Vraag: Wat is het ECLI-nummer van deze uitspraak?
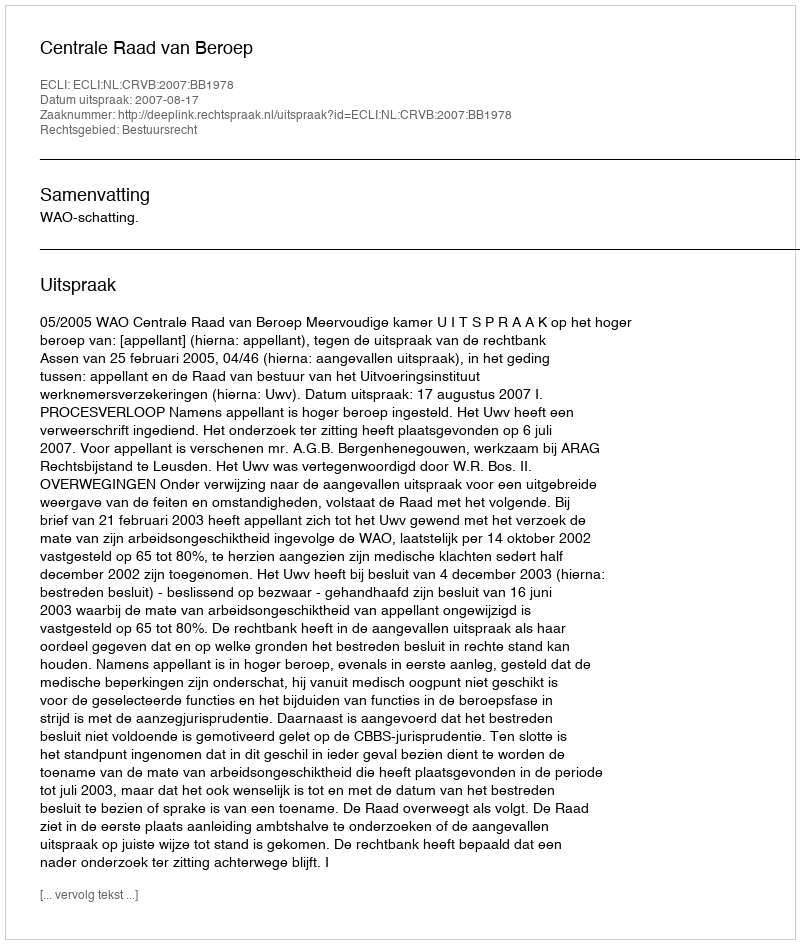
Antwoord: ECLI:NL:CRVB:2007:BB1978